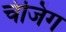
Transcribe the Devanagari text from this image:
चंजिंग